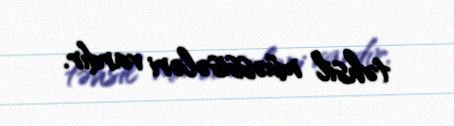
təhsil müəssisələri vardır.